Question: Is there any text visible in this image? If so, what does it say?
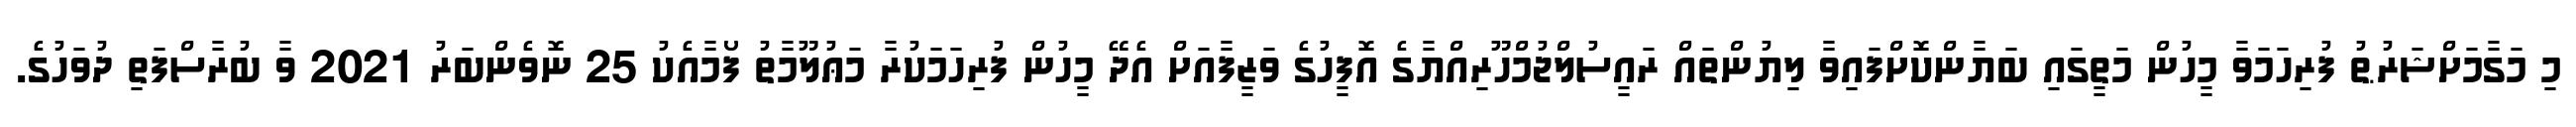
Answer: މި މަގާމަށްޝަރުޠު ފުރިހަމަވާ މީހުން މަތީގައި ބަޔާންކޮށްފައިވާ ލިޔުންތައް ރައީސުލްޖުމްހޫރިއްޔާގެ އޮފީހުގެ ވަޒީފާއަށް އެދޭ މީހުން ފުރިހަމަކުރާ މަޢުލޫމާތު ފޯމާއެކު 25 ނޮވެންބަރު 2021 ވާ ބުރާސްފަތި ދުވަހުގެ.